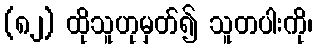
(၈၂) ထိုသူဟုမှတ်၍ သူတပါးကို၊